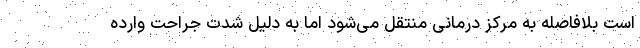
است بلافاصله به مرکز درمانی منتقل می‌شود اما به دلیل شدت جراحت وارده